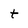
Character: t